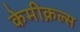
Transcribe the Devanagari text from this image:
केमीक़ल्स